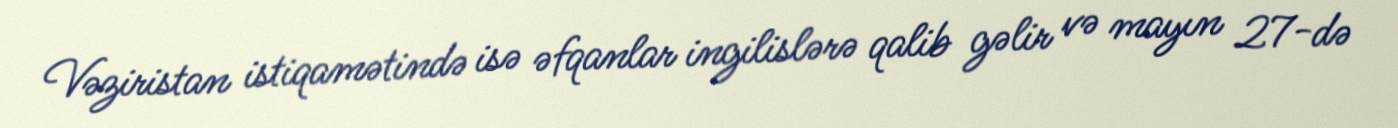
Vəziristan istiqamətində isə əfqanlar ingilislərə qalib gəlir və mayın 27-də